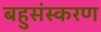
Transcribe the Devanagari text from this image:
बहुसंस्करण